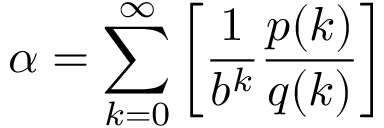
\alpha = \sum _ { k = 0 } ^ { \infty } \left[ { \frac { 1 } { b ^ { k } } } { \frac { p ( k ) } { q ( k ) } } \right]